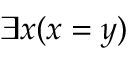
\exists x ( x = y )